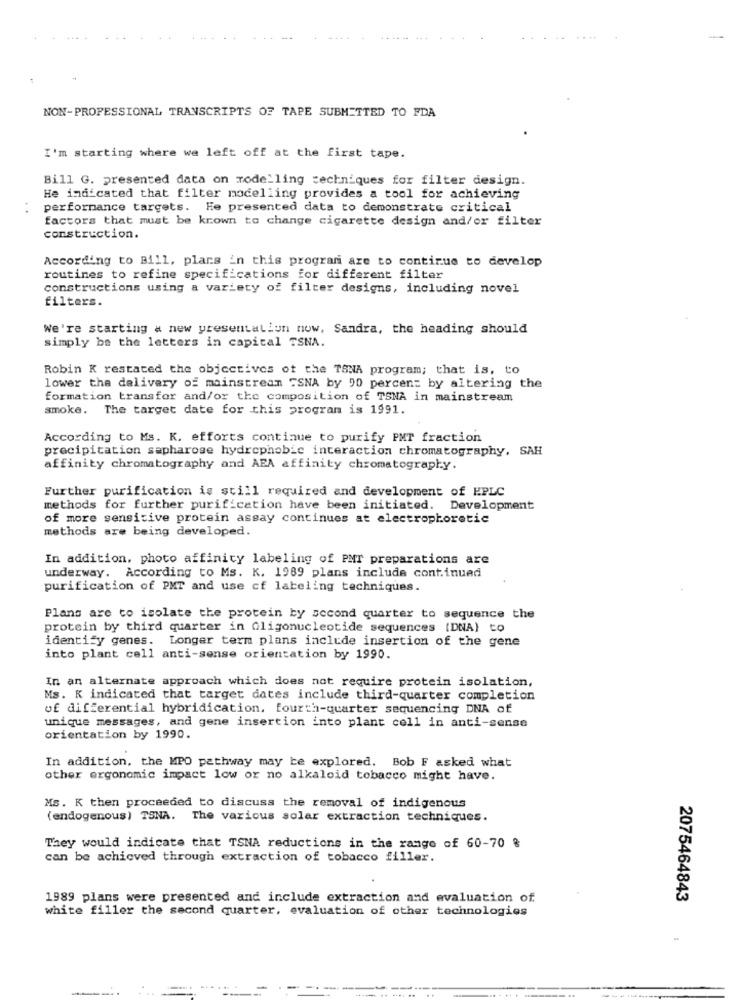
NON-PROFESSIONAL TRANSCRIPTS OF TAPE SUBMITTED TO FDA
I'm starting where we left off at the first tape.
Bill G. presented data on rode ling techniques for filter design.
He indicated that filter modelling provides a tool for achieving
performance targets. He presented data to demonstrate critical
factors that must be known to change cigarette design and/or filter
construction.
According to Bill, plans in this program are to continue to develop
routines to refine specifications for different filter
constructions using a variety of filter designs, including novel
filters.
We're starting a new presentatiun now, Sandra, the heading should
simply be the letters in capital TSNA.
Robin K restated the objectives of the TSNA program; that is, to
lower the delivery of mainstream "SNA by 90 percent by altering the
formation transfor and/or the composition of TSNA in mainstream
smoke.
The target date for this program is 1991.
According to Ms. K. efforts continue to purify PMT fraction
precipitation sapharose hydrophobic interaction chromatography, SAH
affinity chromatography and AEA affinity chromatography.
Further purification is still required and development of HPLC
methods for further purification have been initiated. Development
of more sensitive protein assay continues at electrophoretic
methods are being developed.
In addition, photo affinity labeling of PMT preparations are
underway. According to Ms. K. 1989 plans include continued
purification of PMT and use cf labeling techniques.
Plans are to isolate the protein by second quarter to sequence the
protein by third quarter in Qligonucleotide sequences (DNA) to
identify genes. Longer term plans include insertion of the gene
into plant cell anti-sense orientation by 1990.
In an alternate approach which does not require protein isolation,
Ms. K indicated that target dates include third-quarter completion
of differential hybridication, fourth-quarter sequencing DNA of
unique messages, and gene insertion into plant cell in anti-sense
orientation by 1990.
In addition, the MPO pathway may be explored. Bob F asked what
other ergonomic impact low or no alkaloid tobacco might have.
Ms. K then proceeded to discuss the removal of indigenous
(endogenous) TSNA. The various solar extraction techniques.
They would indicate that TSNA reductions in the range of 60-70 %
can be achieved through extraction of tobacco filler.
1989 plans were presented and include extraction and evaluation of
2075464843
white filler the second quarter, evaluation of other technologies